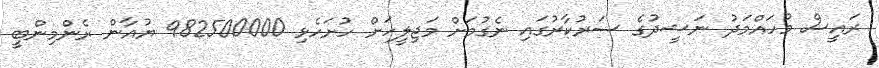
ރައީސް މުހައްމަދު ނަޝީދުގެ ސަރުކާރުގައި ނެގުމަށް މަޖިލީހަށް ހުށަހެޅި 982500000 ޔުއާން ރެންމިންބީ